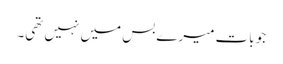
جو بات میرے بس میں نہیں تھی۔